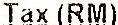
TAX (RM)